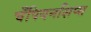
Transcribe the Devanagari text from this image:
चँपियनशिप्स